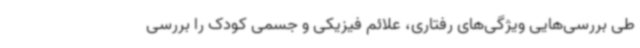
طی بررسی‌هایی ویژگی‌های رفتاری، علائم فیزیکی و جسمی کودک را بررسی